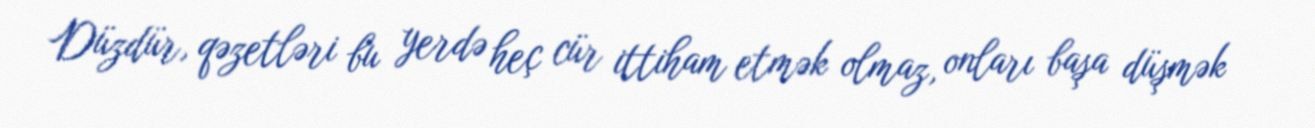
Düzdür, qəzetləri bu yerdə heç cür ittiham etmək olmaz, onları başa düşmək